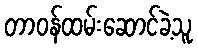
တာဝန်ထမ်းဆောင်ခဲ့သူ